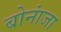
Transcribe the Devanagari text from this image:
बोनांजा